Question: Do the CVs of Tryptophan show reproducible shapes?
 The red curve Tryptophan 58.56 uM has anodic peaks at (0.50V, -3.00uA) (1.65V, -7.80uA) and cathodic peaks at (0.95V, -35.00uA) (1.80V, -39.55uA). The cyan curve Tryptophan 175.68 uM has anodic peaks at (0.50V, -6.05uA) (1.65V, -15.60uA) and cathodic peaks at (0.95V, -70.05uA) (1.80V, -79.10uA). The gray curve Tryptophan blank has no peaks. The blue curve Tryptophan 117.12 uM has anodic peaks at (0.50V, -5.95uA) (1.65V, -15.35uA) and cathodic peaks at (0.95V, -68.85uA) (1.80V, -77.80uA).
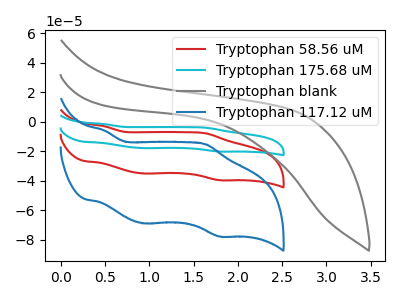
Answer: <think>All the peaks in "Tryptophan 58.56 uM" have a peak in "Tryptophan 175.68 uM" at the same potential. "Tryptophan 58.56 uM" and "Tryptophan blank" have a different number of peaks. All the peaks in "Tryptophan 58.56 uM" have a peak in "Tryptophan 117.12 uM" at the same potential. "Tryptophan 175.68 uM" and "Tryptophan blank" have a different number of peaks. All the peaks in "Tryptophan 175.68 uM" have a peak in "Tryptophan 117.12 uM" at the same potential. "Tryptophan blank" and "Tryptophan 117.12 uM" have a different number of peaks.
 </think>
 <answer>All the CV's of "Tryptophan" have similar shape.</answer>
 <eval>follow_rule</eval>